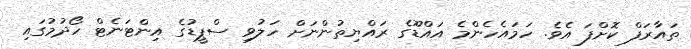
ތައާރަފް ކޮށްފަ އެވެ. ހަމައެހެންމެ އައްޑޫގެ ރައްޔިތުންނަށް ހަލުވި ސްޕީޑުގެ އިންޓަނެޓް ހޯދުމުގައި